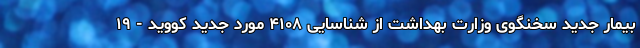
بیمار جدید سخنگوی وزارت بهداشت از شناسایی ۴۱۰۸ مورد جدید کووید - ۱۹